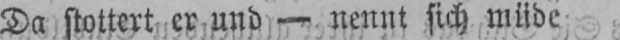
Da stottert er und - nennt sich müde